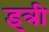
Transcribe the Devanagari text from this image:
इत्री